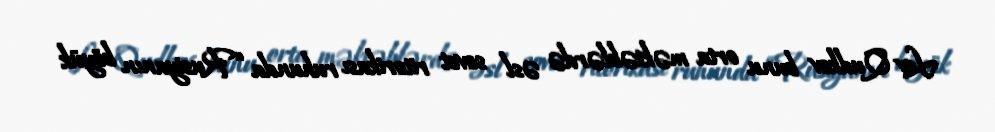
Lev Qudkov bunu orta məktəblərdə əsl sovet ritorikası ruhunda “Rusiyanın böyük